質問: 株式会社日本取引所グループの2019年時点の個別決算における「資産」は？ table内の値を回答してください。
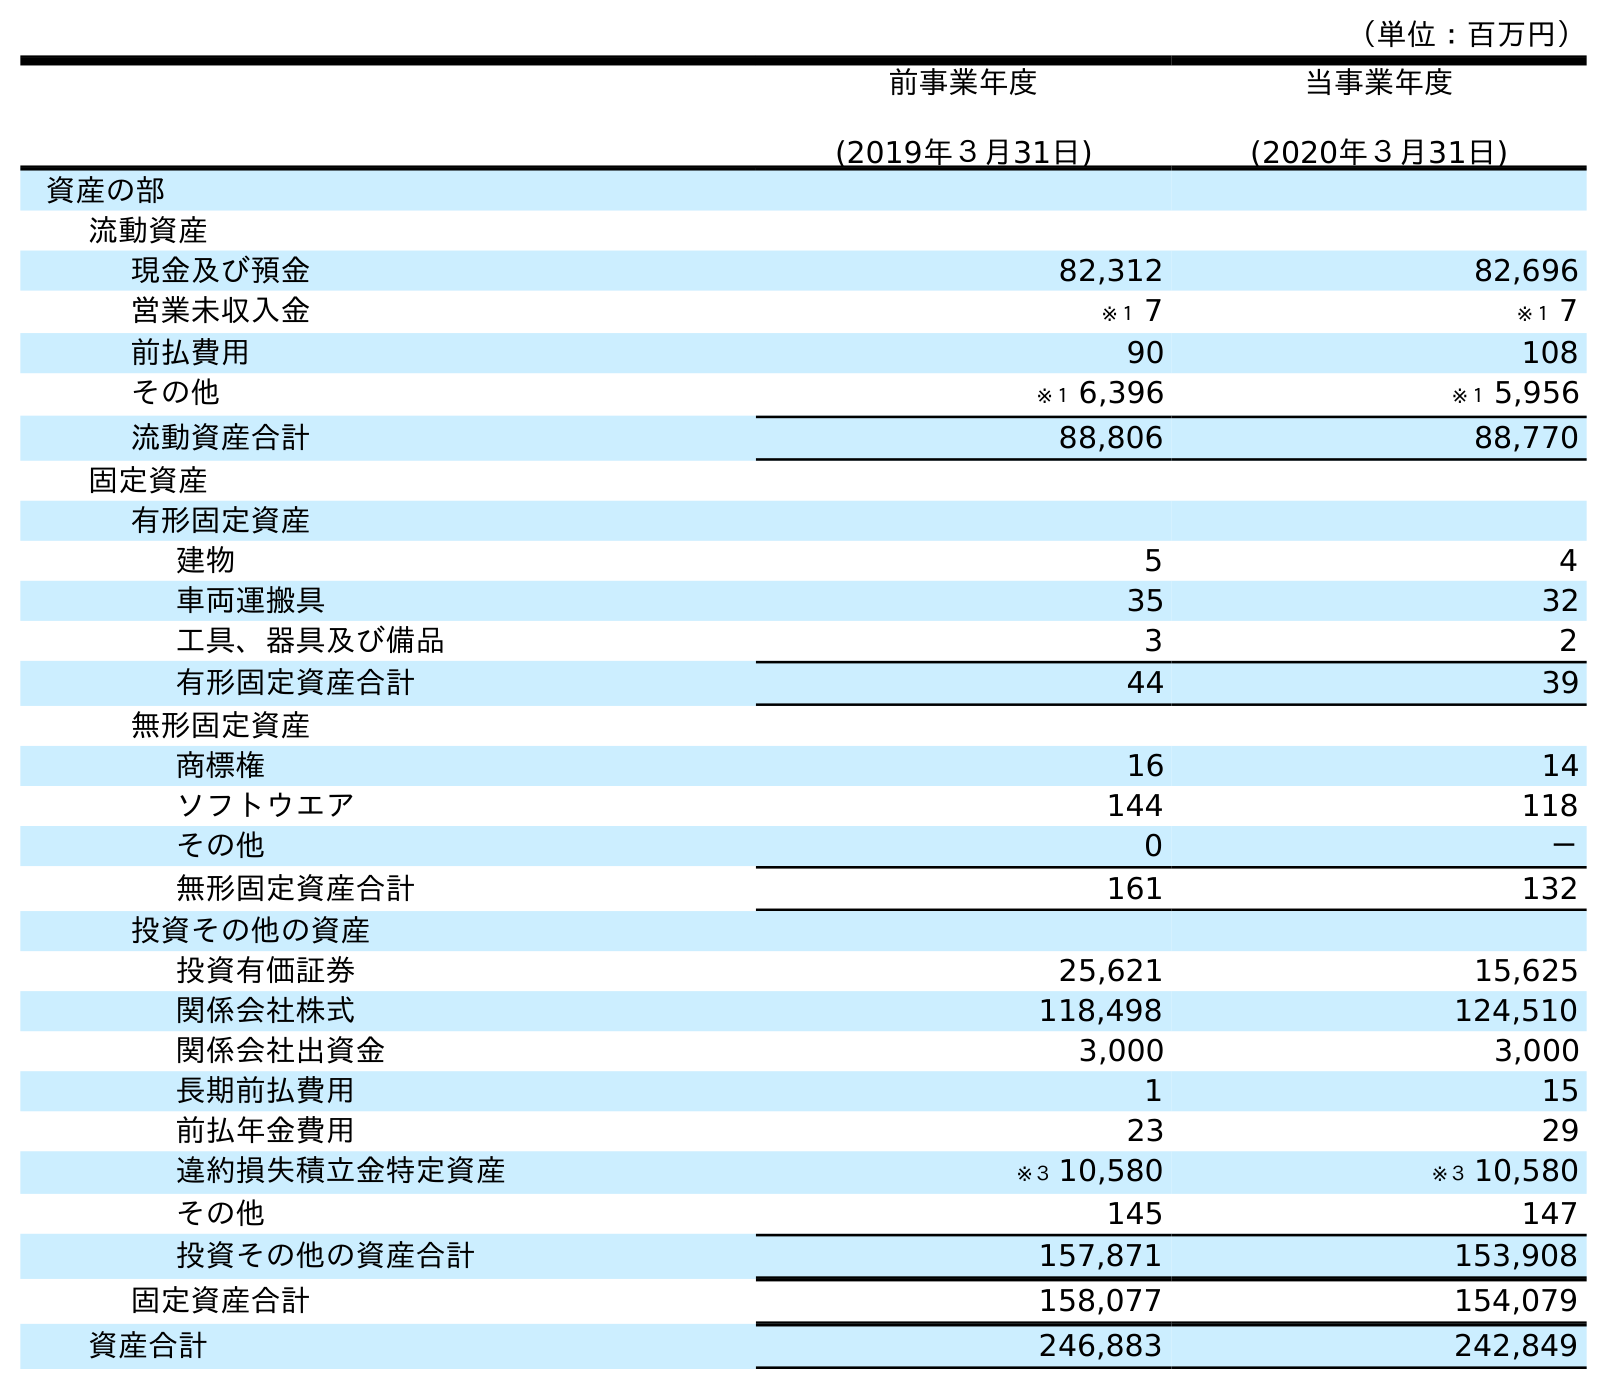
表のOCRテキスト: （単位：百万円） 前事業年度 (2019年３月31日) 当事業年度 (2020年３月31日) 資産の部 流動資産 現金及び預金 82,312 82,696 営業未収入金 ※１ 7 ※１ 7 前払費用 90 108 その他 ※１ 6,396 ※１ 5,956 流動資産合計 88,806 88,770 固定資産 有形固定資産 建物 5 4 車両運搬具 35 32 工具、器具及び備品 3 2 有形固定資産合計 44 39 無形固定資産 商標権 16 14 ソフトウエア 144 118 その他 0 － 無形固定資産合計 161 132 投資その他の資産 投資有価証券 25,621 15,625 関係会社株式 118,498 124,510 関係会社出資金 3,000 3,000 長期前払費用 1 15 前払年金費用 23 29 違約損失積立金特定資産 ※３ 10,580 ※３ 10,580 その他 145 147 投資その他の資産合計 157,871 153,908 固定資産合計 158,077 154,079 資産合計 246,883 242,849
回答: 246,883